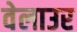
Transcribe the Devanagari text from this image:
वेलाउर